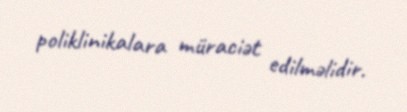
poliklinikalara müraciət edilməlidir.